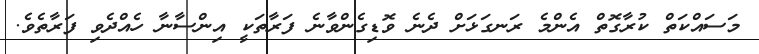
މަސައްކަތް ކުރާގޮތް އެންމެ ރަނގަޅަށް ދެނެ ވޮޑިގެންވާނެ ފަރާތަކީ އިންސާނާ ހެއްދެވި ފަރާތެވެ.